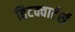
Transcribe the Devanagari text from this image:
हिटक्वार्टर्स